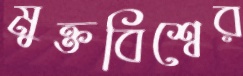
মুক্তবিশ্বের